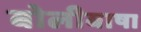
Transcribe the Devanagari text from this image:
बोलीबाषा